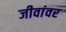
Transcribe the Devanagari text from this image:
जीवांवर